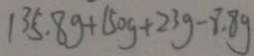
1 3 5 . 8 g + 1 5 0 g + 2 3 g - 8 . 8 g